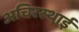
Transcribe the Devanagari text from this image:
अचिरस्थाई